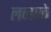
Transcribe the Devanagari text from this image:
लव्हाळे